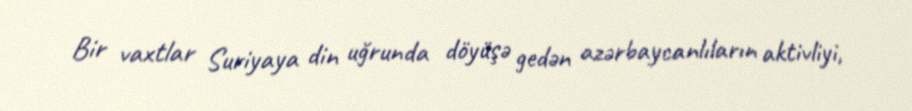
Bir vaxtlar Suriyaya din uğrunda döyüşə gedən azərbaycanlıların aktivliyi,